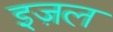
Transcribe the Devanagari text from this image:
इज़ल